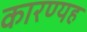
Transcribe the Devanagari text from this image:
कारण्यह